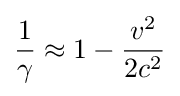
{\frac {1}{\gamma }}\approx 1-{\frac {v^{2}}{2c^{2}}}